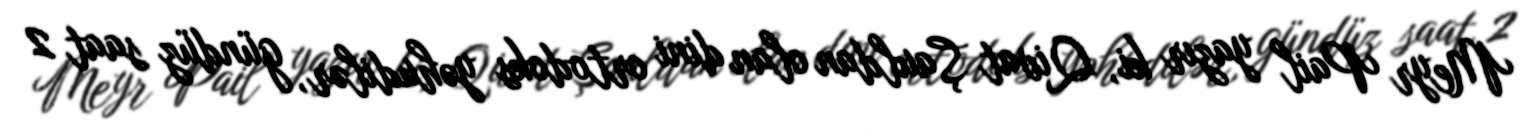
Meyr Pail yazır ki, Qivat Şauldan olan dini ortodoks yəhudilər, gündüz saat 2